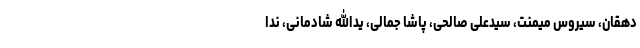
دهقان، سیروس میمنت، سیدعلی صالحی، پاشا جمالی، یدالله شادمانی، ندا